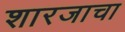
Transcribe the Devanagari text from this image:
शारजाचा